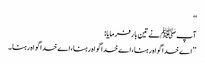
‘‘
آپ ﷺنے تین بار فرمایا:
’’اے خدا گواہ رہنا،اے خدا گواہ رہنا،اے خدا گواہ رہنا ۔